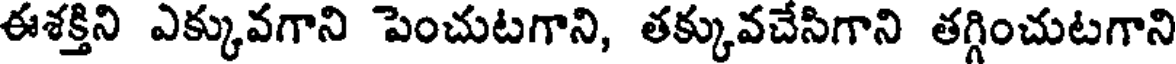
ఈశక్తిని ఎక్కువగాని పెంచుటగాని, తక్కువచేసిగాని తగ్గించుటగాని